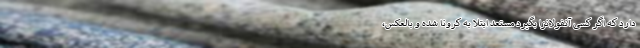
دارد که اگر کسی آنفولانزا بگیرد مستعد ابتلا به کرونا شده و بالعکس،